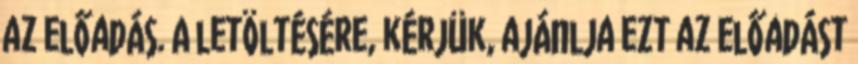
az előadás. A letöltésére, kérjük, ajánlja ezt az előadást